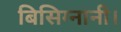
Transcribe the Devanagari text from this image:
बिसिग्नानी।